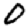
Digit: 0